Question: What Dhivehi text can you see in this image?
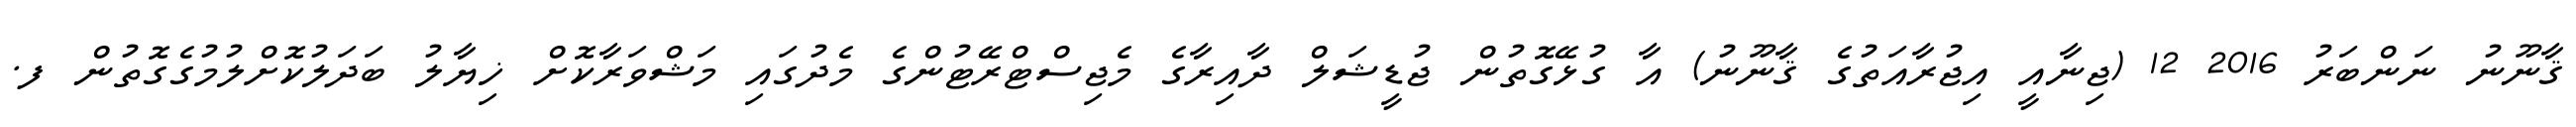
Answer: ޤާނޫނު ނަންބަރު 2016 12 (ޖިނާއީ އިޖުރާއަތުގެ ޤާނޫނު) އާ ގުޅޭގޮތުން ޖުޑީޝަލް ދާއިރާގެ މެޖިސްޓްރޭޓުންގެ މެދުގައި މަޝްވަރާކޮށް ޚިޔާލު ބަދަލުކޮށްލުމުގެގޮތުން ފ.